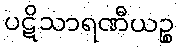
ပဋိသာရဏီယဉ္စ